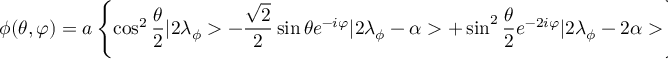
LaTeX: \phi ( \theta , \varphi ) = a \left\{ \cos ^ { 2 } \frac { \theta } { 2 } | 2 \lambda _ { \phi } > - \frac { \sqrt { 2 } } { 2 } \sin \theta e ^ { - i \varphi } | 2 \lambda _ { \phi } - \alpha > + \sin ^ { 2 } \frac { \theta } { 2 } e ^ { - 2 i \varphi } | 2 \lambda _ { \phi } - 2 \alpha > \right\} \, .